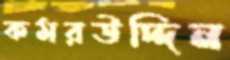
কমরউদ্দিন